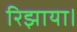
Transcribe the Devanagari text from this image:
रिझाया।